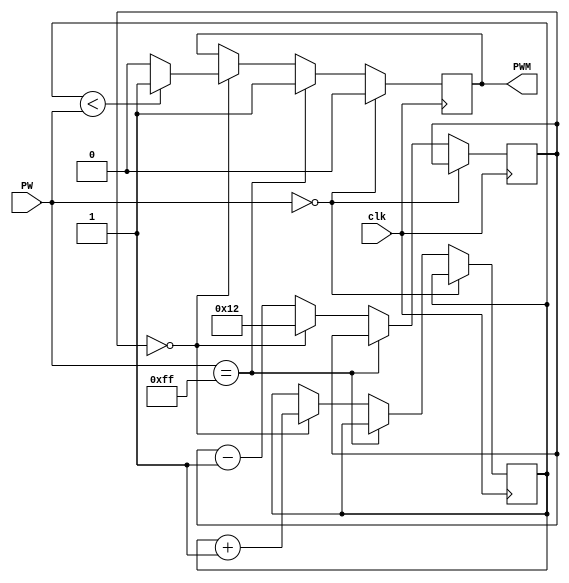
`timescale 1ns / 1ps
//////////////////////////////////////////////////////////////////////////////////
// Company: 
// Engineer: 
// 
// Design Name: 
// Module Name:    pwm 
// Project Name: 
// Target Devices: 
// Tool versions: 
// Description: 
//
// Dependencies: 
//
// Revision: 
// Revision 0.01 - File Created
// Additional Comments: 
//
//////////////////////////////////////////////////////////////////////////////////
module pwm(
    input clk,  
    input [7:0] PW,
    output reg PWM
    );
	 reg [4:0] IC;
	 reg [7:0] PC;
initial IC = 0;
initial PC = 0;
always@(posedge clk)
begin
	if (PW==0)
		PWM <= 0;
	else
	begin
		if (PW == 255)
			PWM <=1;
		else
		begin
			if (IC == 0)
			begin
				if (PC < PW) begin PC <= PC +1; IC <= 18; PWM <= 1; end
				else begin PC <= PC +1; IC <= 18; PWM <= 0; end
			end
			else
				IC <= IC - 1;
		end
	end
end
endmodule